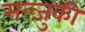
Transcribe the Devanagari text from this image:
सल्जुकी